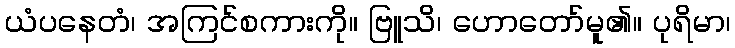
ယံပနေတံ၊ အကြင်စကားကို။ ဗြူသိ၊ ဟောတော်မူ၏။ ပုရိမာ၊